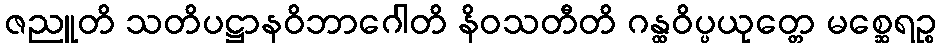
ဇညူတိ သတိပဋ္ဌာနဝိဘာဂေါတိ နိဝသတီတိ ဂန္ထဝိပ္ပယုတ္တေ မစ္ဆေရဉ္စ